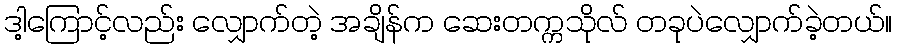
ဒါ့ကြောင့်လည်း လျှောက်တဲ့ အချိန်က ဆေးတက္ကသိုလ် တခုပဲလျှောက်ခဲ့တယ်။